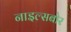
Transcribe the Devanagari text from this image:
नाइल्सबोर